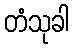
တံသုခါ